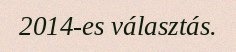
2014-es választás.